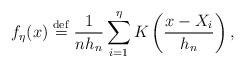
LaTeX: \begin{align*}f_{\eta }(x)\stackrel{\rm def}{=}\frac{1}{nh_{n}}\sum_{i=1}^{\eta }K\left(\frac{x-X_{i}}{h_{n}}\right) , \end{align*}